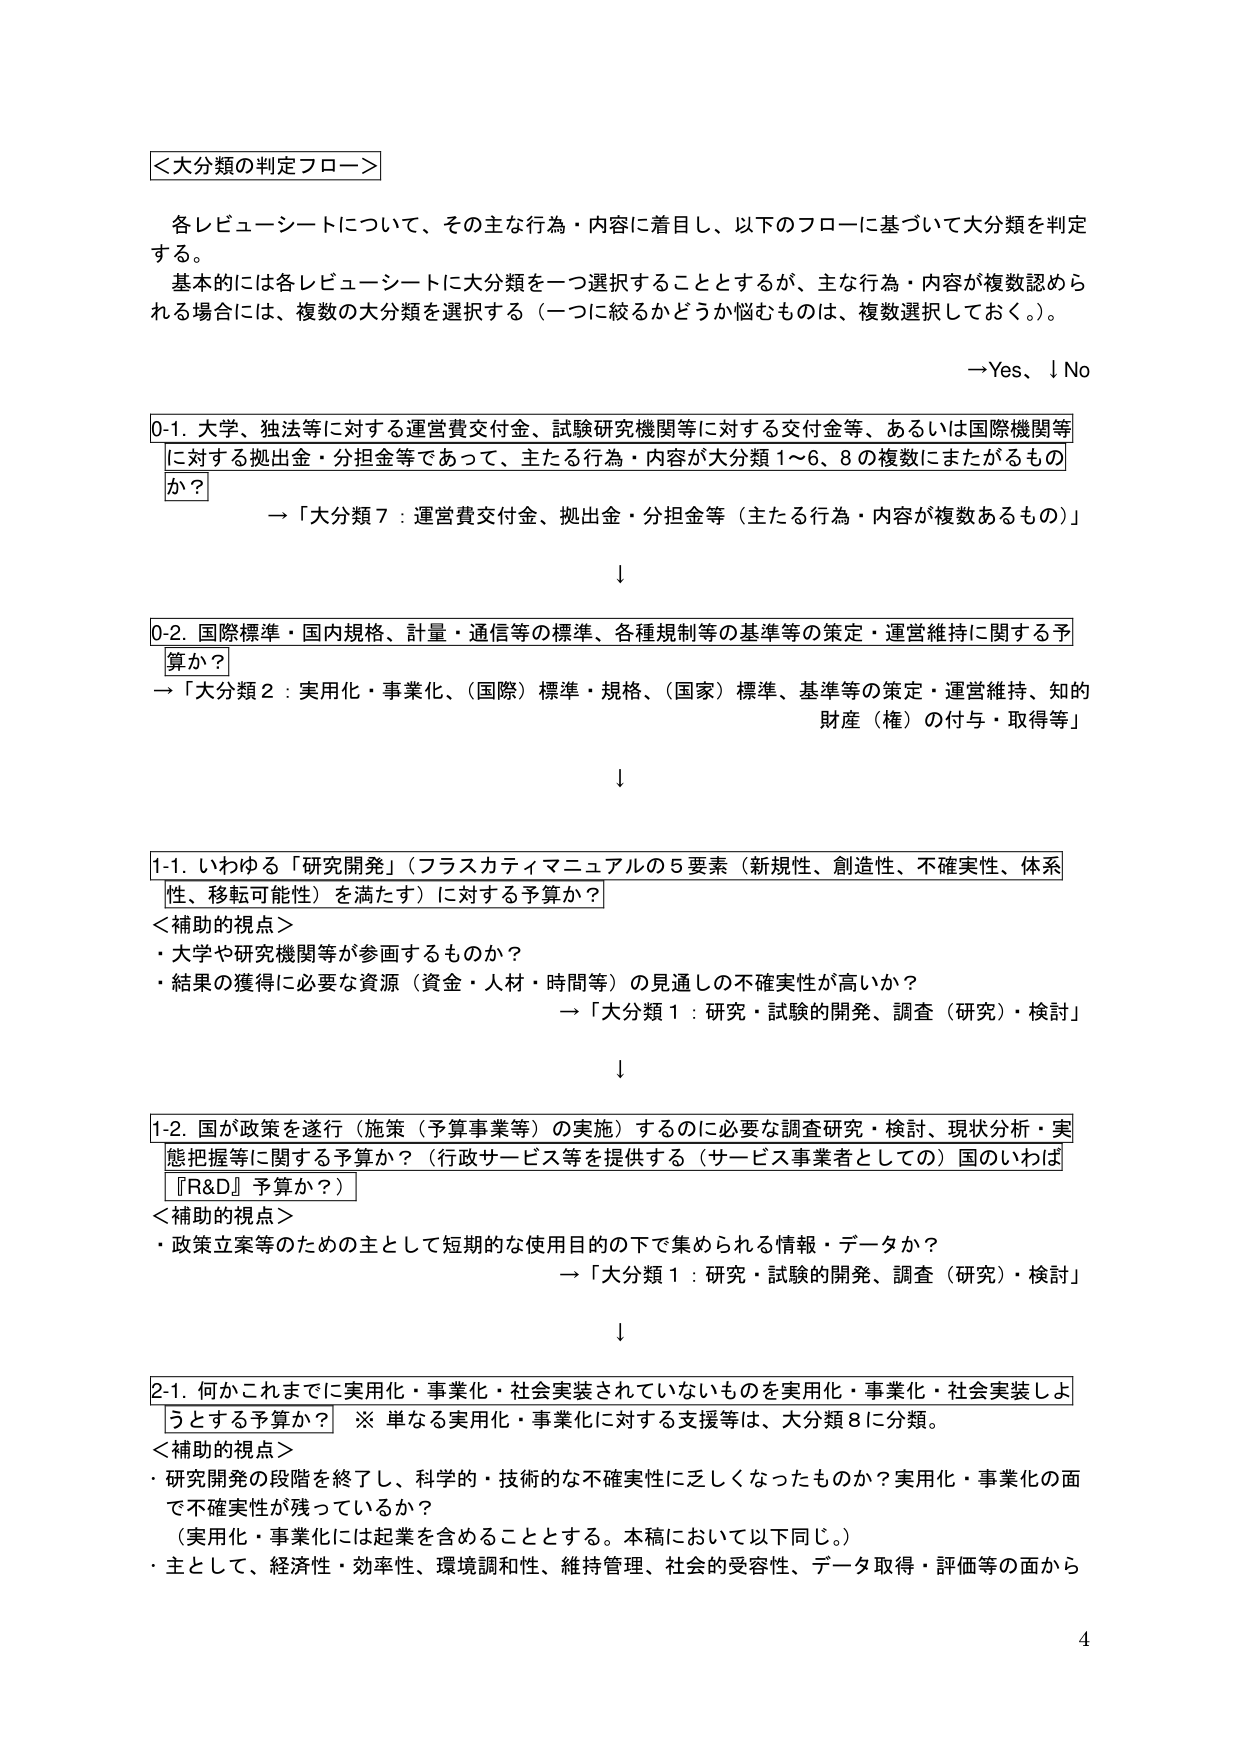
＜大分類の判定フロー＞

各レビューーシートについて、その主な行為・内容に着目し、以下のフローに基づいて大分類を判定する。
基本的には各レビューーシートに大分類を一つ選択することとするが、主な行為・内容が複数認められる場合には、複数の大分類を選択する（一つに絞るかどうか悩むものは、複数選択しておく。）。

→Yes、↓No

0-1. 大学、独法等に対する運営費交付金、試験研究機関等に対する交付金等、あるいは国際機関等に対する拠出金・分担金等であって、主たる行為・内容が大分類1～6、8の複数にまたがるものか？
→「大分類7：運営費交付金、拠出金・分担金等（主たる行為・内容が複数あるもの）」

↓

0-2. 国際標準・国内規格、計量・通信等の標準、各種規制等の基準等の策定・運営維持に関する予算か？
→「大分類2：実用化・事業化、（国際）標準・規格、（国家）標準、基準等の策定・運営維持、知的財産（権）の付与・取得等」

↓

1-1. いわゆる「研究開発」（プラスカティマニュアルの5要素（新規性、創造性、不確実性、体系性、移転可能性）を満たす）に対する予算か？
＜補助的視点＞
・大学や研究機関等が参画するものか？
・結果の獲得に必要な資源（資金・人材・時間等）の見通しの不確実性が高いか？
→「大分類1：研究・試験の開発、調査（研究）・検討」

↓

1-2. 国が政策を遂行（施策（予算事業等）の実施）するのに必要な調査研究・検討、現状分析・実態把握等に関する予算か？（行政サービス等を提供する（サービス事業者としての）国のいわば『R&D』予算か？）
＜補助的視点＞
・政策立案等のための主として短期的な使用目的の下で集められる情報・データか？
→「大分類1：研究・試験の開発、調査（研究）・検討」

↓

2-1. 何かこれまでに実用化・事業化・社会実装されていないものを実用化・事業化・社会実装しようとする予算か？ ※単なる実用化・事業化に対する支援等は、大分類8に分類。
＜補助的視点＞
・研究開発の段階を終了し、科学的・技術的な不確実性に乏しくなったものか？実用化・事業化の面で不確実性が残っているか？
（実用化・事業化には起業を含めることとする。本稿において以下同じ。）
・主として、経済性・効率性、環境調和性、維持管理、社会的受容性、データ取得・評価等の面から

4